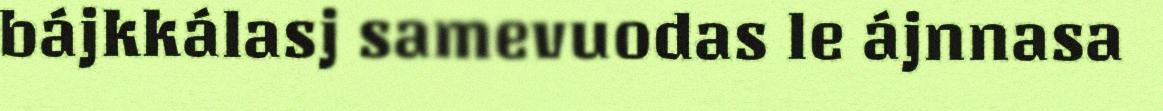
bájkkálasj samevuodas le ájnnasa